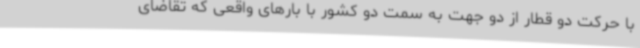
با حرکت دو قطار از دو جهت به سمت دو کشور با بارهای واقعی که تقاضای